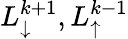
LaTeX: L_{\downarrow}^{k+1},L_{\uparrow}^{k-1}